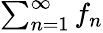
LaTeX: \textstyle\sum_{n=1}^{\infty}f_{n}